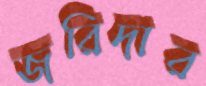
জরিদার